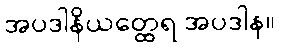
အပဒါနိယတ္ထေရ အပဒါန။